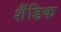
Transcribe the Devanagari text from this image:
शैंडिक